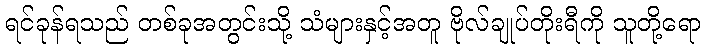
ရင်ခုန်ရသည် တစ်ခုအတွင်းသို့ သံများနှင့်အတူ ဗိုလ်ချုပ်တိုးရီကို သူတို့ရော